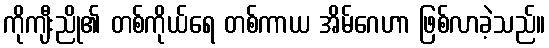
ကိုကျီးညို၏ တစ်ကိုယ်ရေ တစ်ကာယ အိမ်ဂေဟာ ဖြစ်လာခဲ့သည်။